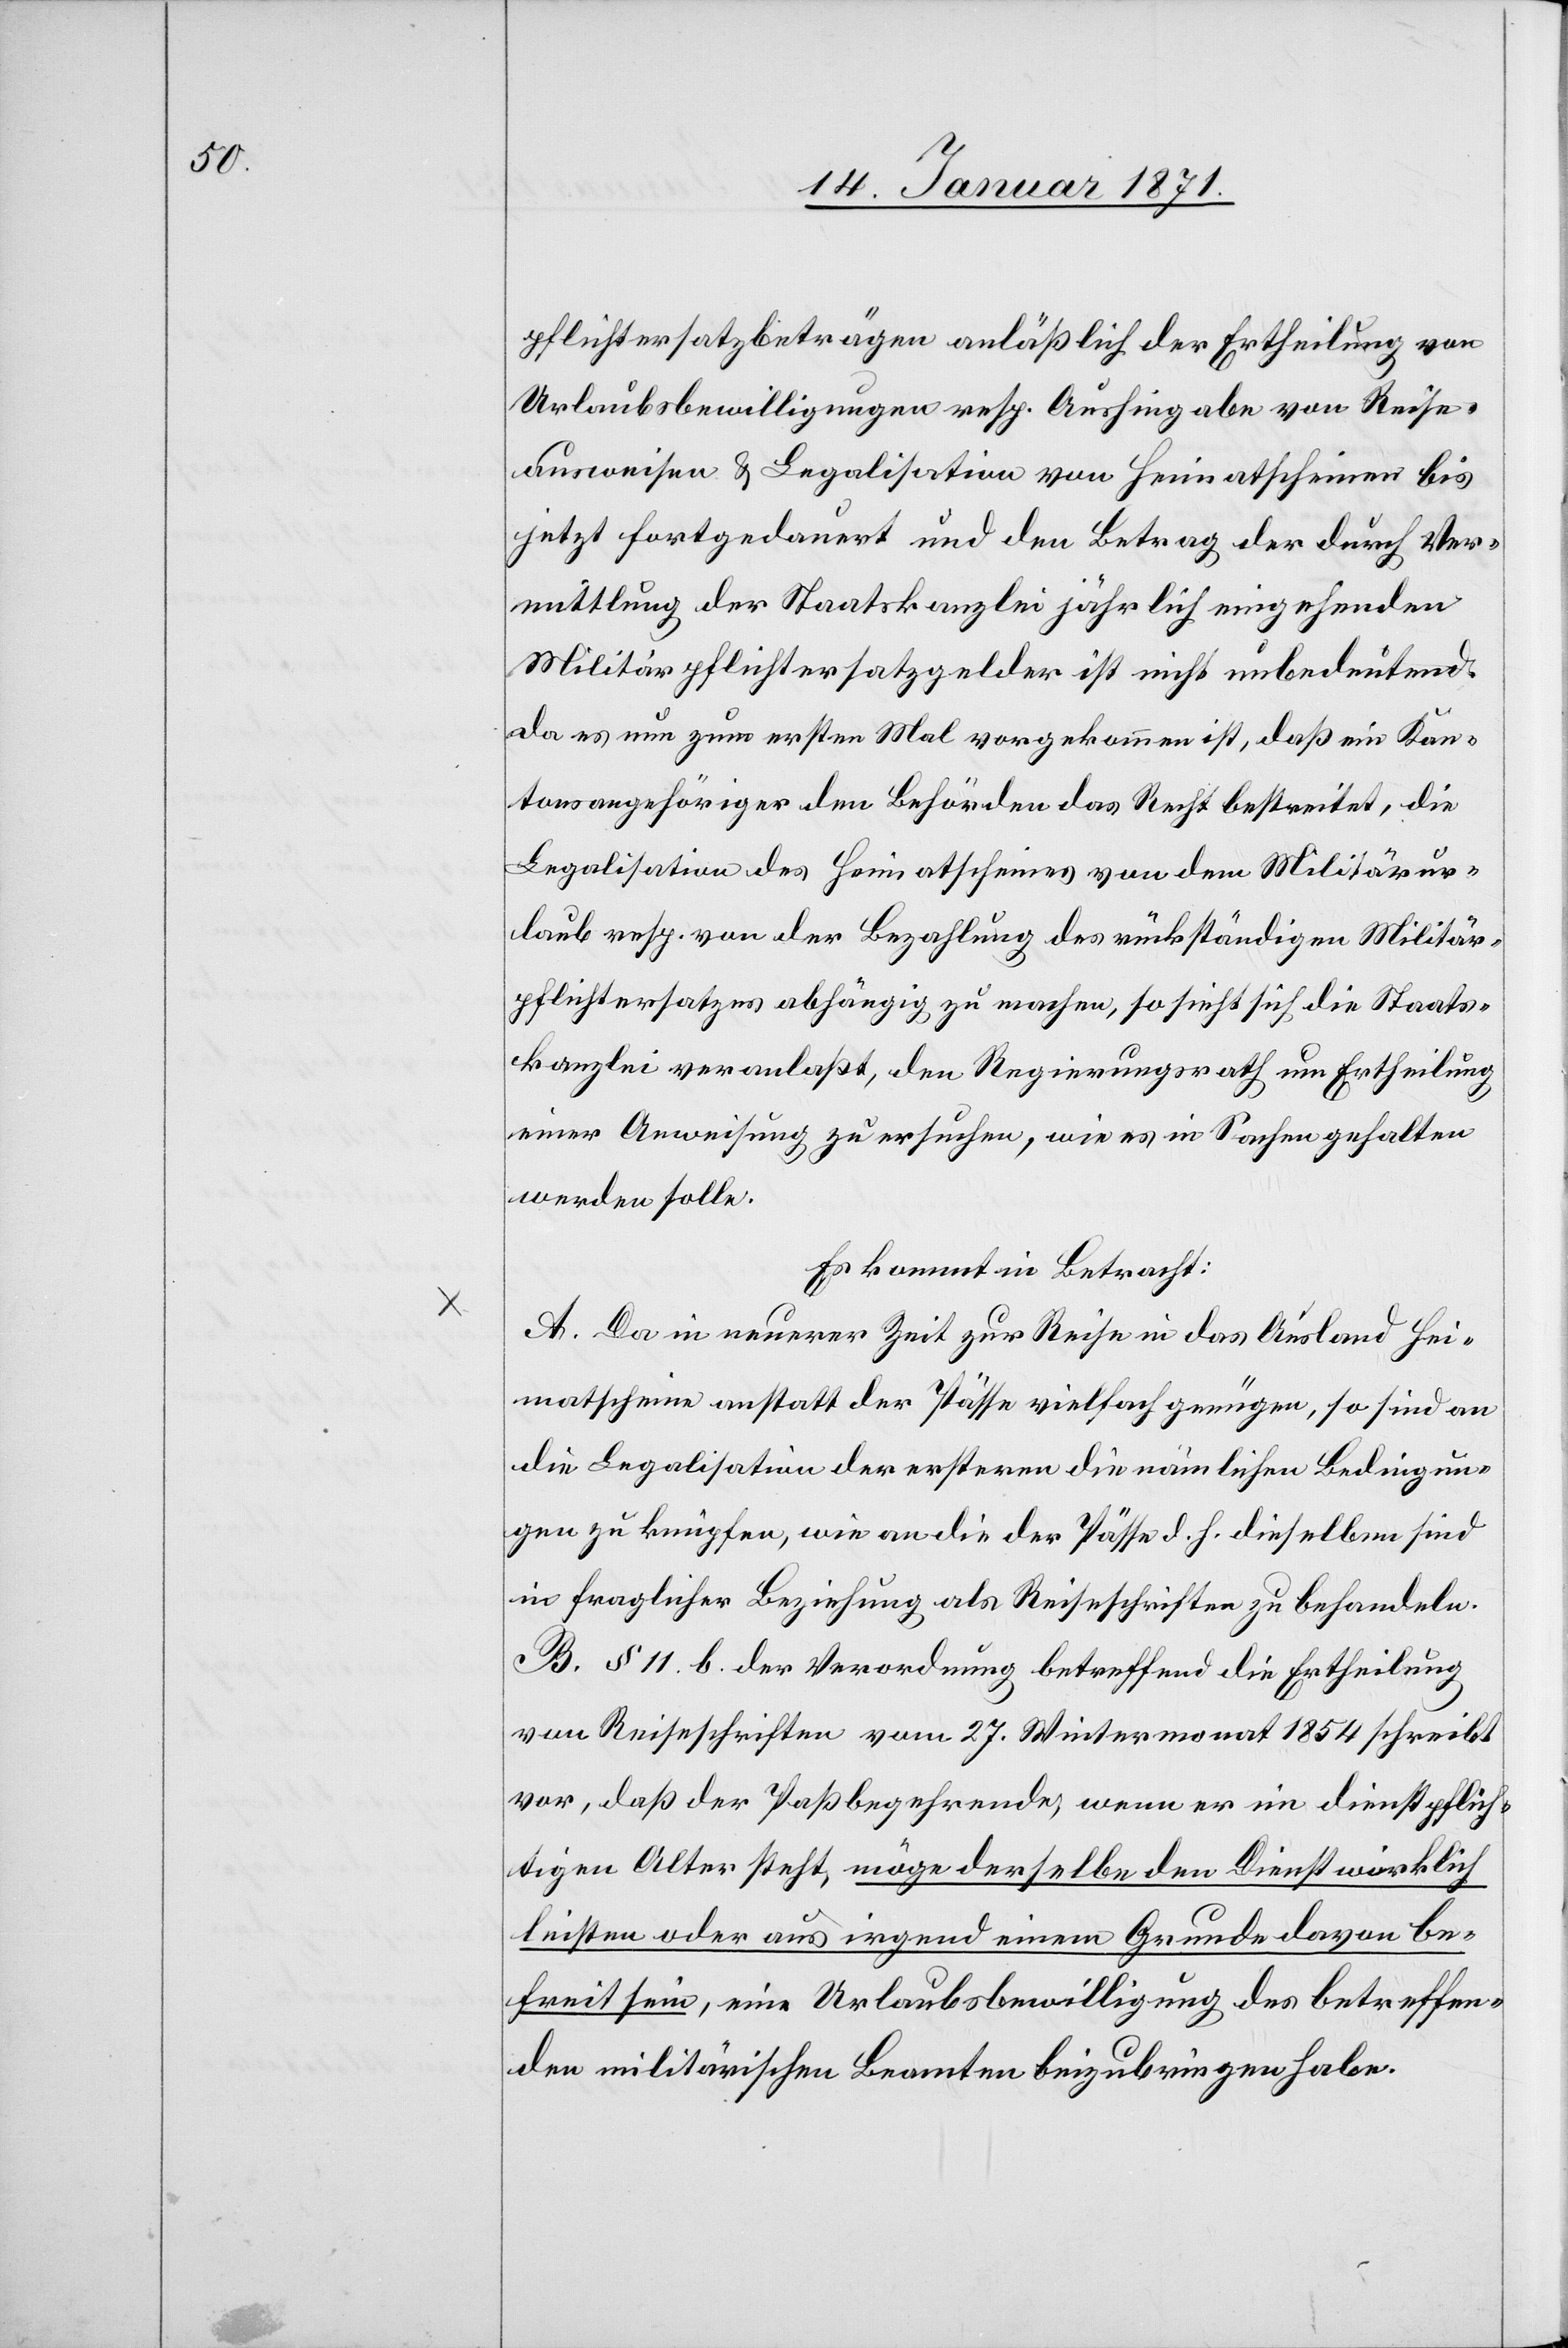
pflichtersatzbeträgen anläßlich der Ertheilung von
Urlaubsbewilligungen resp. Aushingabe von Reise¬
ausweisen u. Legalisation von Heimatscheinen bis
jetzt fortgedauert und den Betrag der durch Ver¬
mittlung der Staatskanzlei jährlich eingehenden
Militärpflichtersatzgelder ist nicht unbedeutend.
Da es nun zum ersten Mal vorgekommen ist, daß ein Kan¬
tonsangehöriger den Behörden das Recht bestreitet, die
Legalisation des Heimatscheines von dem Militärur¬
laub resp. von der Bezahlung des rückständigen Militär¬
pflichtersatzes abhängig zu machen, so sieht sich die Staats¬
kanzlei veranlaßt, den Regierungsrath um Ertheilung
einer Anweisung zu ersuchen, wie es in Sachen gehalten
werden solle.
Es kommt in Betracht:
A. Da in neuerer Zeit zur Reise in das Ausland Hei¬
matscheine anstatt der Pässe vielfach genügen, so sind an
die Legalisation der ersteren die nämlichen Bedingun¬
gen zu knüpfen, wie an die der Pässe d. h. dieselben sind
in fraglicher Beziehung als Reiseschriften zu behandeln.
B. § 11.b. der Verordnung betreffend die Ertheilung
von Reiseschriften vom 27. Wintermonat 1854 schreibt
vor, daß der Paßbegehrende, wenn er im dienstpflich¬
tigen Alter steht, möge derselbe den Dienst wirklich
leisten oder aus irgend einem Grunde davon be¬
freit sein, eine Urlaubsbewilligung des betreffen¬
den militärischen Beamten beizubringen habe.